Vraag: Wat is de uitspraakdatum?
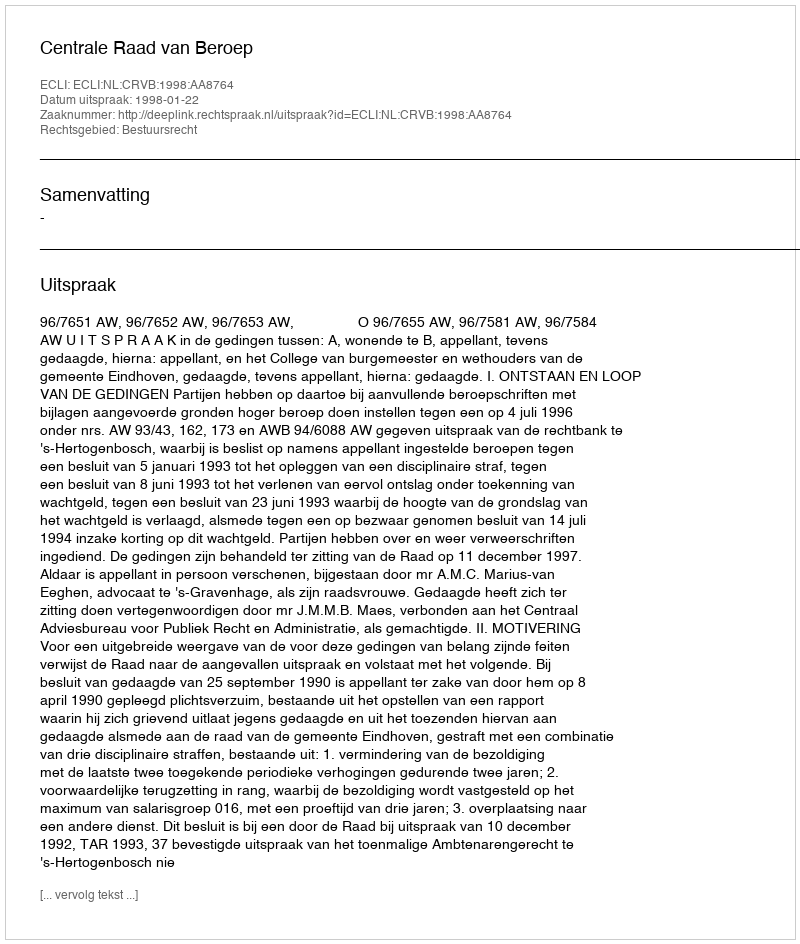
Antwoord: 1998-01-22